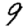
Digit: 9